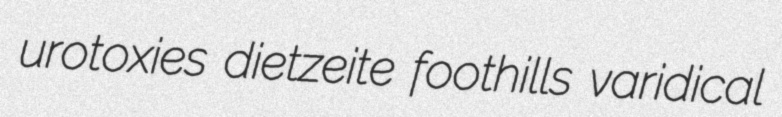
urotoxies dietzeite foothills varidical